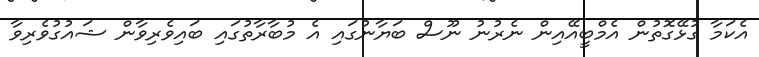
އެކަމާ ގުޅޭގޮތުން އެމްބީއޭއިން ނެރުނު ނޫސް ބަޔާނުގައި އެ މުބާރާތުގައި ބައިވެރިވާން ޝައުގުވެރިވާ